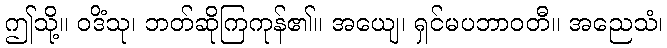
ဤသို့။ ဝဒိံသု၊ ဘတ်ဆိုကြကုန်၏။ အယျေ၊ ရှင်မပဘာဝတီ။ အညေသံ၊